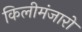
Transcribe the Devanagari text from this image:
किलीमंजारो